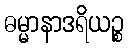
ဓမ္မာနာဒရိယဉ္စ